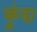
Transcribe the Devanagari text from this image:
कुंदः